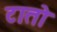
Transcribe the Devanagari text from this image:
टातो